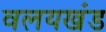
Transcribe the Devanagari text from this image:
वलयखंड